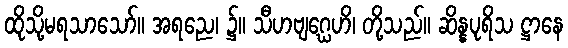
ထိုသို့မရသာသော်။ အရညေ၊ ၌။ သီဟဗျဂ္ဃေဟိ၊ တို့သည်။ ဆိန္နပုရိသ ဋ္ဌာနေ